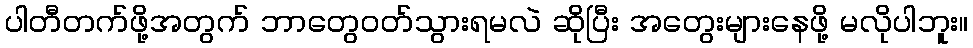
ပါတီတက်ဖို့အတွက် ဘာတွေဝတ်သွားရမလဲ ဆိုပြီး အတွေးများနေဖို့ မလိုပါဘူး။